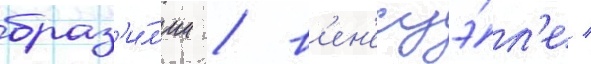
браз'и́л'ии / в'ен'есуэ́л'е /